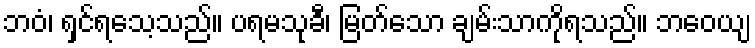
ဘဝံ၊ ရှင်ရသေ့သည်။ ပရမသုခီ၊ မြတ်သော ချမ်းသာကိုရသည်။ ဘဝေယျ